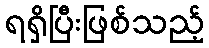
ရရှိပြီးဖြစ်သည့်